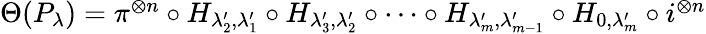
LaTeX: \begin{array}{r}{\Theta(P_{\lambda})=\pi^{\otimes n}\circ H_{\lambda_{2}^{\prime},\lambda_{1}^{\prime}}\circ H_{\lambda_{3}^{\prime},\lambda_{2}^{\prime}}\circ\cdots\circ H_{\lambda_{m}^{\prime},\lambda_{m-1}^{\prime}}\circ H_{0,\lambda_{m}^{\prime}}\circ i^{\otimes n}}\end{array}